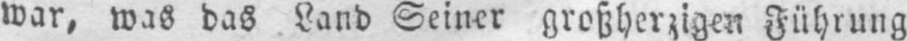
war, was das Land Seiner großherzigen Führung